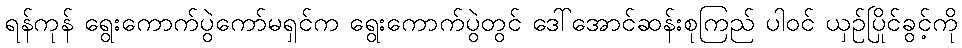
ရန်ကုန် ရွေးကောက်ပွဲကော်မရှင်က ရွေးကောက်ပွဲတွင် ဒေါ်အောင်ဆန်းစုကြည် ပါဝင် ယှဉ်ပြိုင်ခွင့်ကို